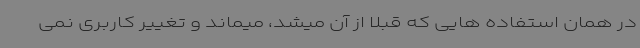
در همان استفاده هایی که قبلا از آن میشد، میماند و تغییر کاربری نمی